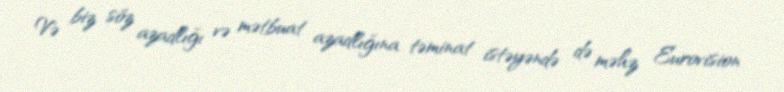
Və biz söz azadlığı və mətbuat azadlığına təminat istəyəndə də məhz Eurovision